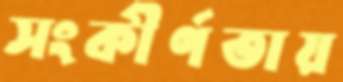
সংকীর্ণতায়